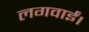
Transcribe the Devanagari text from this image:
लगवाईं।